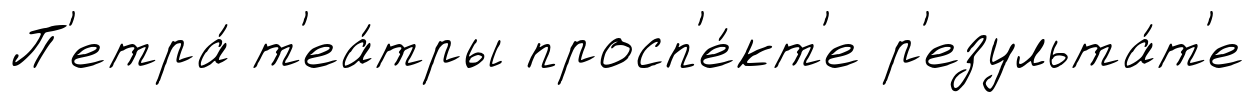
П'етра́ т'еа́тры просп'е́кт'е р'езульта́т'е